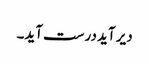
دیر آید درست آید۔